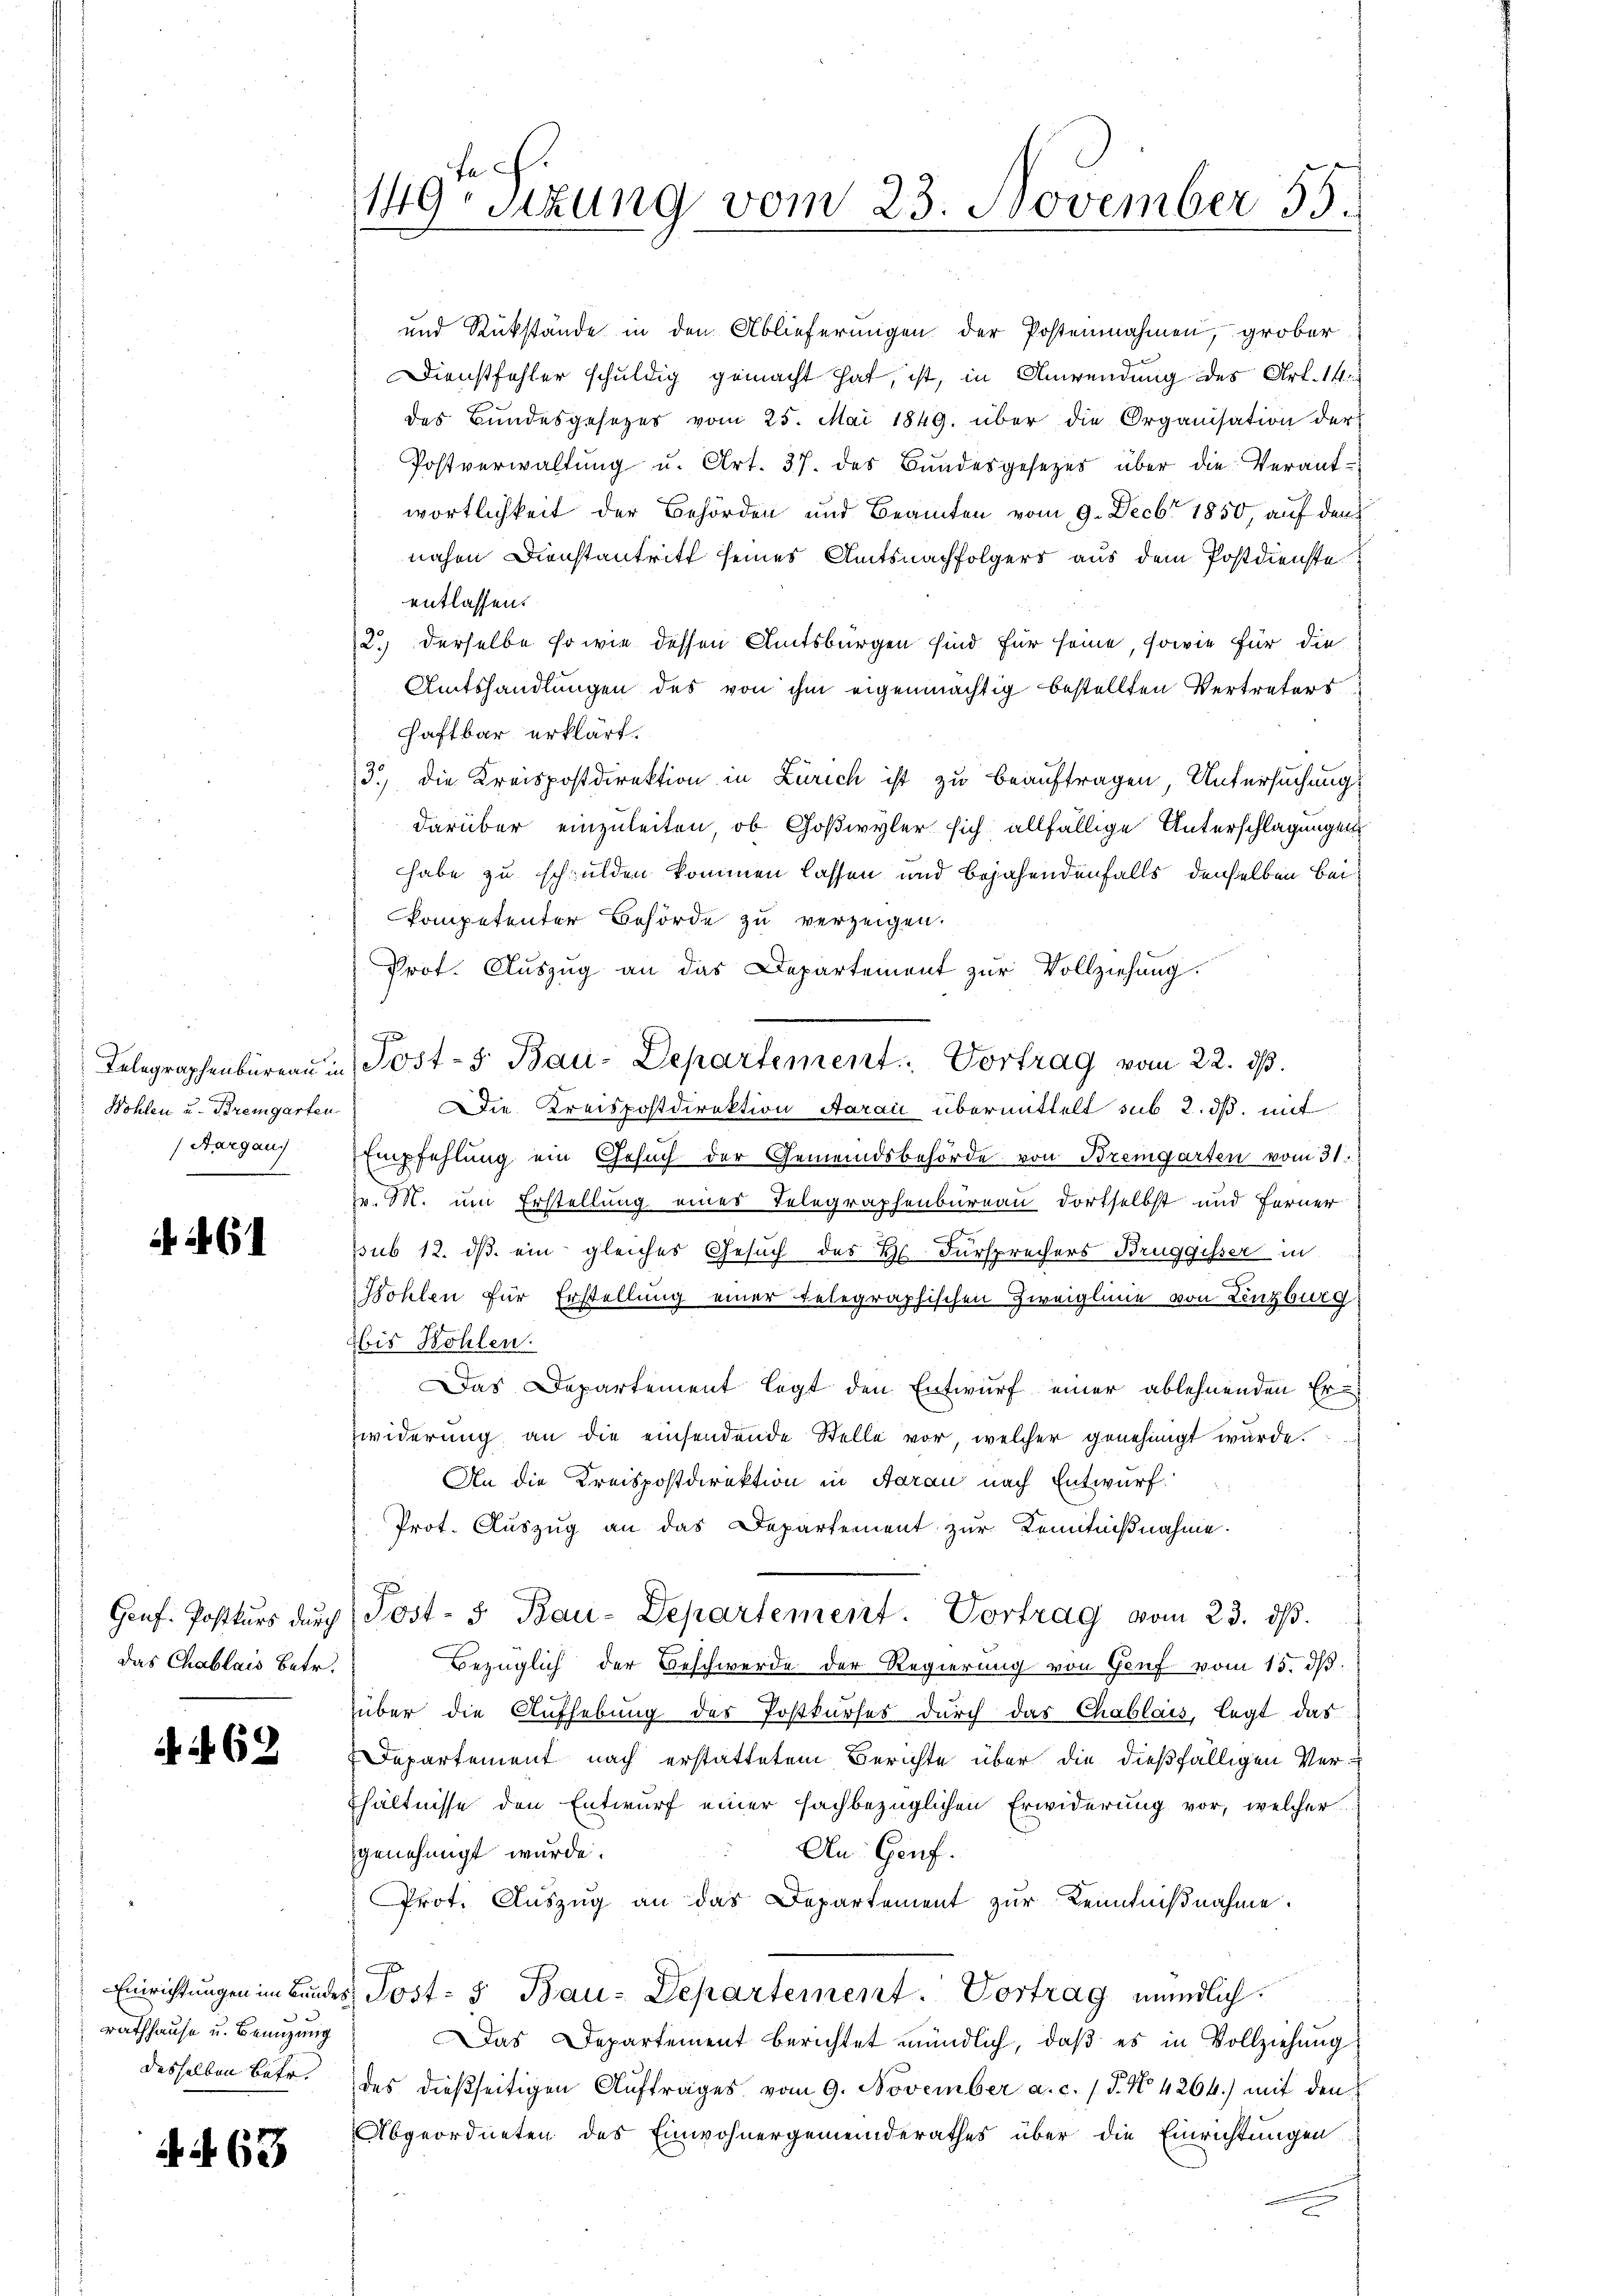
Wohlen u. Bremgarten
Aargau)

61

Genf Postkurs durch
das Chablais betr.

62

Einrichtungen im Bunder
rathhause u. Benutzung
desselben Betr.

N. N. 63

149te Sitzung vom 23. November 55.

und Rückstände in den Ablieferungen der Postennahmen, grober
Dienstfehler schuldig gemacht hat, ist, in Anwendung des Art. 14.
des Bundesgesetzes vom 25. Mai 1849. über die Organisation der
Postverwaltŭng u. Art. 37. des Bundesgesezes über die Verant-
wortlichkeit der Behörden und Beamten vom 9. Decbr 1850, auf den
nahen Dienstantritt seines Amtsnachfolgers aus dem Postdienste
entlassen.
2.) Derselbe so wie dessen Amtsbürgen sind für seine, sowie für die
Amtshandlungen des von ihm eigenmächtig bestellten Vertreters
haftbar erklärt.
3.) Die Kreispostdirektion in Zürich ist zu beauftragen, Untersuchung
darüber einzuleiten, ob Goßwyler sich allfällige Unterschlagungen
habe zu schulden kommen lassen und bejahendenfalls denselben Beikompetenter Behörde zu verzeigen.
Prot. Auszug an das Departement zur Vollziehung.
Telegraphenbüreau in Post- 5. Bau-Departement. - Vortrag vom 22. ds.
Die Kreispostdirektion Aaraić übermittelt sub 2. ds. mit
Empfehlung ein Gesuch der Gemeindsbehörde von Bremgarten vom 31.
fr. M. um Erstellung eines Telegraphenbureau dortselbst und ferner
psub 12. ds ein gleiches Gesuch des Hs. Fürsprechers Bruggisser in
a
ohlen für Erstellung einer Telegraphischen Zweiglinie von Lenzburg
bis Wohlen.
Das Departement legt den Entwurf einer ablehnenden Er¬
Zwiderung an die einsendende Stelle vor, welcher genehmigt wurde.
An die Kreispostdirektion in Aarau nach Entwurf.
Prot. Auszug an das Departement zur Kenntnißnahme.
Post- 5. Bau-Departement. Vortrag vom 23. ds.
Bezüglich der Beschwerde der Regierung von Genf vom 15. dβ.
über die Aufhebung des Postkurses durch das Chablais, legt das
Departement nach erstattetem Berichte über die dießfälligen Ver¬
Ehältnisse den Entwurf einer fachbezüglichen Erwiderung vor, welcher
An: Genf.
genehmigt wurde.
Prot. Auszug an das Departement zur Kenntnißnahme.
d. Post- u Bau-Departement. Vortrag mündlich.
Das Departement berichtet mündlich, daß es in Vollziehung
des dießseitigen Aŭftrages vom 9. November a. c. 1 S. No 4264) mit den
Abgeordneten des Einwohnergemeinderathes über die Einrichtungen